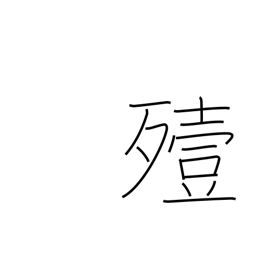
Meaning: bury